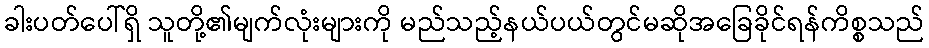
ခါးပတ်ပေါ်ရှိ သူတို့၏မျက်လုံးများကို မည်သည့်နယ်ပယ်တွင်မဆိုအခြေခိုင်ရန်ကိစ္စသည်